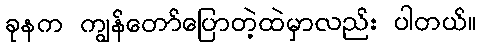
ခုနက ကျွန်တော်ပြောတဲ့ထဲမှာလည်း ပါတယ်။